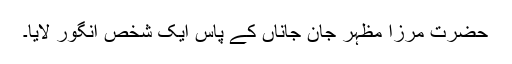
حضرت مرزا مظہر جان جاناں کے پاس ایک شخص انگور لایا۔